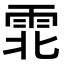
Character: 𫕡